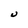
Character: U